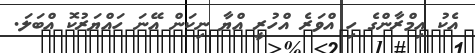
އެކު އިމްރާންގެ ހި އްވަރެ އްހުރީ އްޔާ ނިކަން އޭނަ ހައްޔަރުކޮ އްބަލަ.